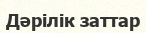
Дәрілік заттар